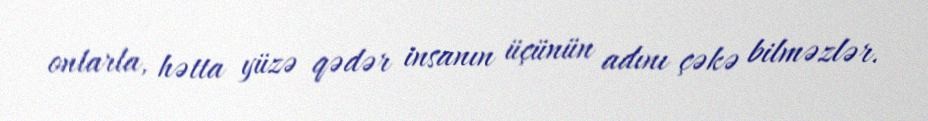
onlarla, hətta yüzə qədər insanın üçünün adını çəkə bilməzlər.